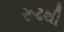
રૂઢથી